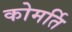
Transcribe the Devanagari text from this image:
कोमर्ति